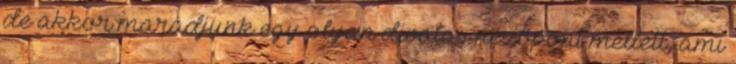
de akkor maradjunk egy olyan divatos nézőpont mellett, ami